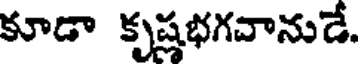
కూడా కృష్ణభగవానుడే.